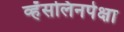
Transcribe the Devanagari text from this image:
व्हॅसलिनपेक्षा